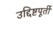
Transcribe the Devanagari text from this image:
उद्दिष्टपूर्ती